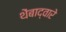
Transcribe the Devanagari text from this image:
थेंबाद्वारे